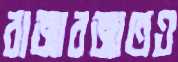
বাজারজাতও